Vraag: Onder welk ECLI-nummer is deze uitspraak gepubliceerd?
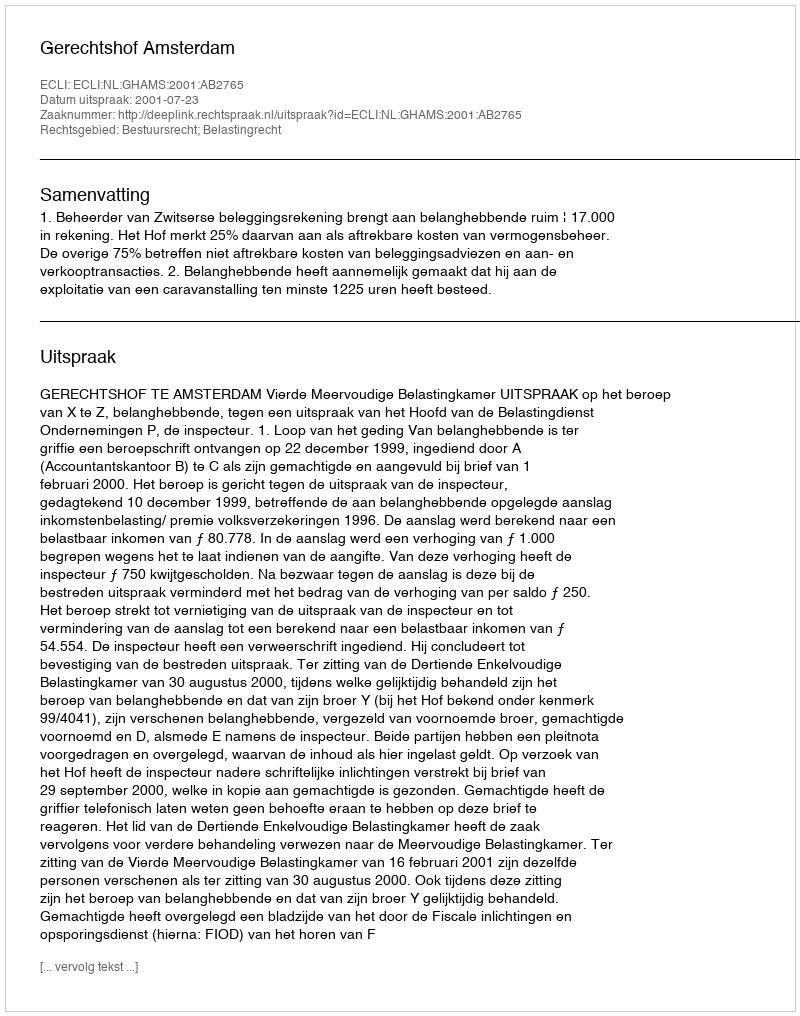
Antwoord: ECLI:NL:GHAMS:2001:AB2765